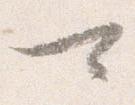
可